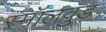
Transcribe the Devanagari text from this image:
स्मॉलवुड